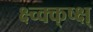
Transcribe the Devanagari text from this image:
क्ष्च्क्क्ष्क्ष्